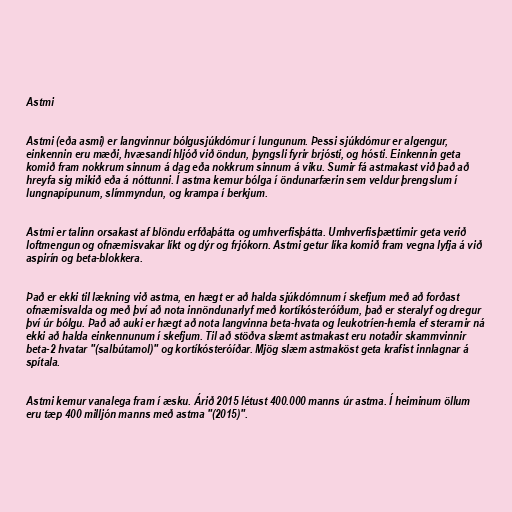
Astmi

Astmi (eða asmi) er langvinnur bólgusjúkdómur í lungunum. Þessi sjúkdómur er algengur,
einkennin eru mæði, hvæsandi hljóð við öndun, þyngsli fyrir brjósti, og hósti. Einkennin geta
komið fram nokkrum sinnum á dag eða nokkrum sinnum á viku. Sumir fá astmakast við það að
hreyfa sig mikið eða á nóttunni. Í astma kemur bólga í öndunarfærin sem veldur þrengslum í
lungnapípunum, slímmyndun, og krampa í berkjum.

Astmi er talinn orsakast af blöndu erfðaþátta og umhverfisþátta. Umhverfisþættirnir geta verið
loftmengun og ofnæmisvakar líkt og dýr og frjókorn. Astmi getur líka komið fram vegna lyfja á við
aspirín og beta-blokkera.

Það er ekki til lækning við astma, en hægt er að halda sjúkdómnum í skefjum með að forðast
ofnæmisvalda og með því að nota innöndunarlyf með kortíkósteróíðum, það er steralyf og dregur
því úr bólgu. Það að auki er hægt að nota langvinna beta-hvata og leukotríen-hemla ef sterarnir ná
ekki að halda einkennunum í skefjum. Til að stöðva slæmt astmakast eru notaðir skammvinnir
beta-2 hvatar "(salbútamol)" og kortíkósteróíðar. Mjög slæm astmaköst geta krafist innlagnar á
spítala.

Astmi kemur vanalega fram í æsku. Árið 2015 létust 400.000 manns úr astma. Í heiminum öllum
eru tæp 400 milljón manns með astma "(2015)".